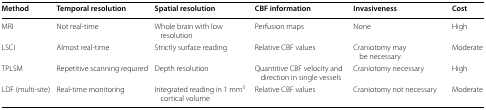
<table><thead><tr><td><b>Method</b></td><td><b>Temporal resolution</b></td><td><b>Spatial resolution</b></td><td><b>CBF information</b></td><td><b>Invasiveness</b></td><td><b>Cost</b></td></tr></thead><tbody><tr><td>MRI</td><td>Not real-time</td><td>Whole brain with low resolution</td><td>Perfusion maps</td><td>None</td><td>High</td></tr><tr><td>LSCI</td><td>Almost real-time</td><td>Strictly surface reading</td><td>Relative CBF values</td><td>Craniotomy may be necessary</td><td>Moderate</td></tr><tr><td>TPLSM</td><td>Repetitive scanning required</td><td>Depth resolution</td><td>Quantitive CBF velocity and direction in single vessels</td><td>Craniotomy necessary</td><td>High</td></tr><tr><td>LDF (multi-site)</td><td>Real-time monitoring</td><td>Integrated reading in 1 mm<sup>3</sup> cortical volume</td><td>Relative CBF values</td><td>Craniotomy not necessary</td><td>Moderate</td></tr></tbody></table>